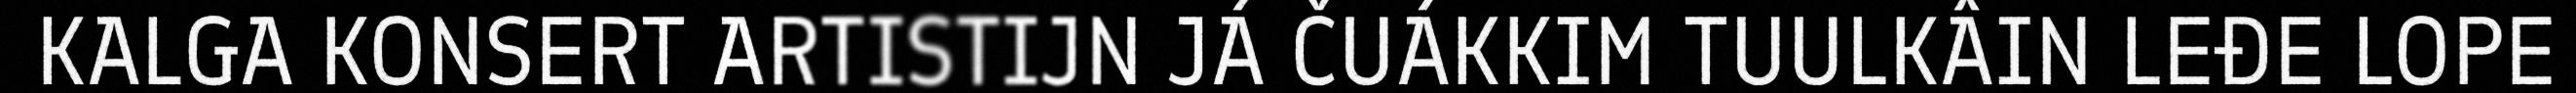
KALGA KONSERT ARTISTIJN JÁ ČUÁKKIM TUULKÂIN LEĐE LOPE